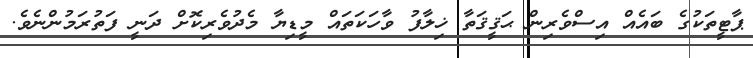
ޕާޓީތަކުގެ ބައެއް އިސްވެރިން ޙަޤީޤަތާ ޚިލާފު ވާހަކަތައް މީޑިޔާ މެދުވެރިކޮށް ދަނީ ފަތުރަމުންނެވެ.